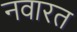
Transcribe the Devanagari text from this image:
नवारत